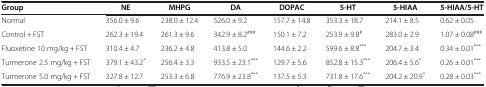
<table><thead><tr><td><b>Group</b></td><td><b>NE</b></td><td><b>MHPG</b></td><td><b>DA</b></td><td><b>DOPAC</b></td><td><b>5-HT</b></td><td><b>5-HIAA</b></td><td><b>5-HIAA/5-HT</b></td></tr></thead><tbody><tr><td>Normal</td><td>356.0 ± 9.6</td><td>238.0 ± 12.4</td><td>526.0 ± 9.2</td><td>157.7 ± 14.8</td><td>353.3 ± 18.7</td><td>214.1 ± 8.5</td><td>0.62 ± 0.05</td></tr><tr><td>Control + FST</td><td>262.3 ± 19.4</td><td>261.3 ± 9.6</td><td>342.9 ± 8.2<sup>###</sup></td><td>150.1 ± 7.2</td><td>253.9 ± 9.8<sup>#</sup></td><td>283.0 ± 2.9</td><td>1.07 ± 0.08<sup>###</sup></td></tr><tr><td>Fluoxetine 10 mg/kg + FST</td><td>310.4 ± 4.7</td><td>236.2 ± 4.8</td><td>413.8 ± 5.0</td><td>144.6 ± 2.2</td><td>599.6 ± 8.8<sup>***</sup></td><td>204.7 ± 3.4</td><td>0.34 ± 0.01<sup>***</sup></td></tr><tr><td>Turmerone 2.5 mg/kg + FST</td><td>379.1 ± 43.2<sup>*</sup></td><td>256.4 ± 3.3</td><td>933.5 ± 23.1<sup>***</sup></td><td>129.7 ± 5.6</td><td>852.8 ± 15.3<sup>***</sup></td><td>206.4 ± 5.6<sup>*</sup></td><td>0.26 ± 0.01<sup>***</sup></td></tr><tr><td>Turmerone 5.0 mg/kg + FST</td><td>327.8 ± 12.7</td><td>253.3 ± 6.8</td><td>776.9 ± 23.8<sup>***</sup></td><td>137.5 ± 5.3</td><td>731.8 ± 17.6<sup>***</sup></td><td>204.2 ± 20.9<sup>*</sup></td><td>0.28 ± 0.03<sup>***</sup></td></tr></tbody></table>